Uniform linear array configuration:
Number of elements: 8
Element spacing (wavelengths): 0.25
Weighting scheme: kaiser
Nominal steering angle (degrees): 30
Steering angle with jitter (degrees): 28.879
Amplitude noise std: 0.05
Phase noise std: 0.05

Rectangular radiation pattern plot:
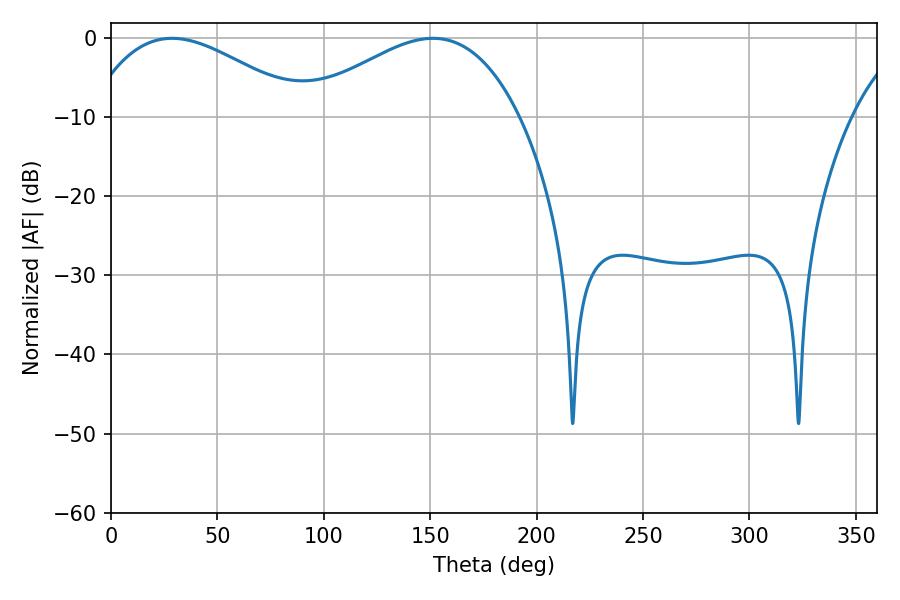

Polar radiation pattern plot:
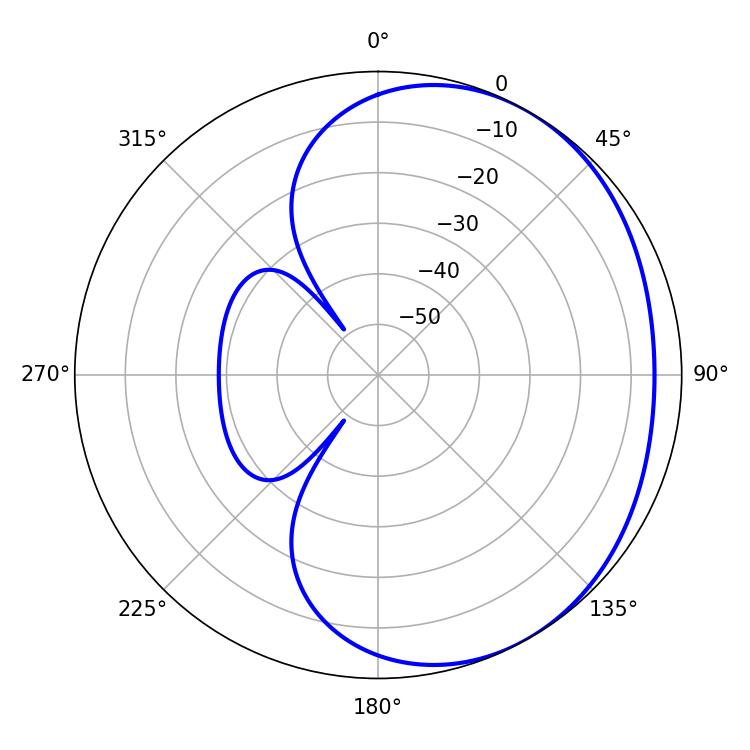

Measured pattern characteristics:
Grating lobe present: FALSE
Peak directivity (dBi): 2.452
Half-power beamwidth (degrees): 55.8
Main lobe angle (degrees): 28.62